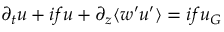
\partial _ { t } u + i f u + \partial _ { z } \langle w ^ { \prime } u ^ { \prime } \rangle = i f u _ { G }